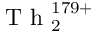
\mathrm { ~ T ~ h ~ } _ { 2 } ^ { 1 7 9 + }